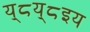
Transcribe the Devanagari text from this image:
य्८य्८इय